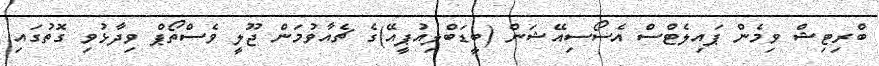
ބްރިޓިޝް ވިމެން ޕައިލެޓްސް އެސޯސިއޭޝަން (ބީޑަބްލިއުޕީއޭ)ގެ ޗެއާވުމަން ޖޫލީ ވެސްތޯޕް ވިދާޅުވި ގޮތުގައި